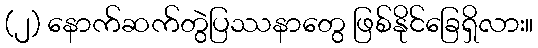
(၂) နောက်ဆက်တွဲပြဿနာတွေ ဖြစ်နိုင်ခြေရှိလား။